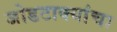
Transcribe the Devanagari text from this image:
जोडटाक्यांचा